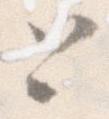
と